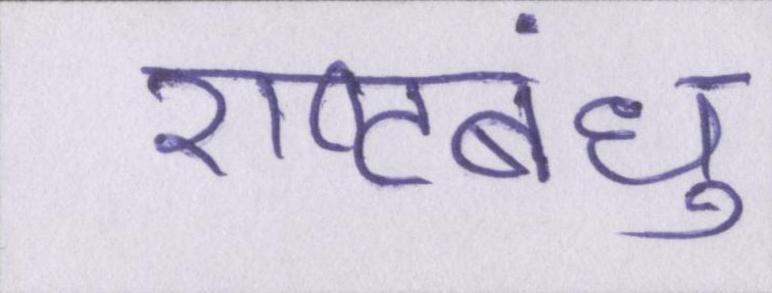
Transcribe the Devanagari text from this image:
राष्ट्रबंधु